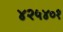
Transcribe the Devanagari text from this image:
४२५४०१